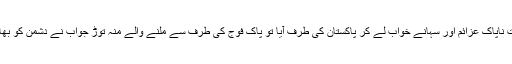
1965 میں بھی بھارت ناپاک عزائم اور سہانے خواب لے کر پاکستان کی طرف آیا تو پاک فوج کی طرف سے ملنے والے منہ توڑ جواب نے دشمن کو بھاگنے پر مجبور کر دیا۔